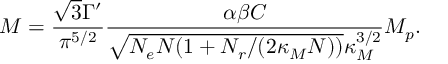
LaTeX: M = \frac { \sqrt { 3 } \Gamma ^ { \prime } } { \pi ^ { 5 / 2 } } \frac { \alpha \beta { \cal C } } { \sqrt { N _ { e } N ( 1 + N _ { r } / ( 2 \kappa _ { M } N ) ) } \kappa _ { M } ^ { 3 / 2 } } M _ { p } .